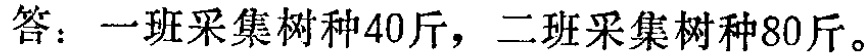
答：一班采集树种40斤，二班采集树种80斤。